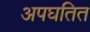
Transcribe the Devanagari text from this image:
अपघतित